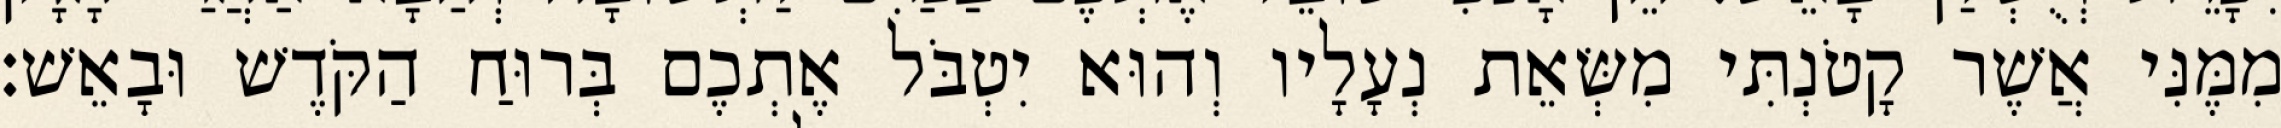
מִמֶּנִּי אֲשֶׁר קָטֹנְתִּי מִשְּׂאֵת נְעָלָיו וְהוּא יִטְבֹּל אֶתְכֶם בְּרוּחַ הַקֹּדֶשׁ וּבָאֵשׁ׃